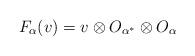
LaTeX: \begin{align*}F_{\alpha}(v) = v\otimes O_{\alpha^*} \otimes O_{\alpha}\\\end{align*}